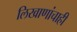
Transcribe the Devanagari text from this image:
लिखाणांचाही